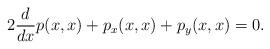
LaTeX: \begin{align*}2\frac{d}{dx}p(x,x)+p_x(x,x)+p_y(x,x)=0.\end{align*}